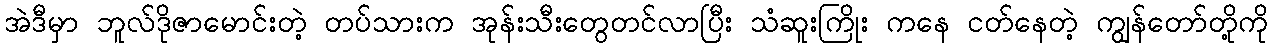
အဲဒီမှာ ဘူလ်ဒိုဇာမောင်းတဲ့ တပ်သားက အုန်းသီးတွေတင်လာပြီး သံဆူးကြိုး ကနေ ငတ်နေတဲ့ ကျွန်တော်တို့ကို